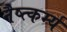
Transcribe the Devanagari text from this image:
नैष्त्कर्म्य